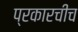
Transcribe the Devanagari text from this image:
प्रकारचीच